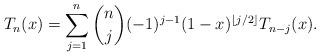
LaTeX: \begin{align*}T_n(x)=\sum_{j=1}^n{{n \choose j}(-1)^{j-1}(1-x)^{\lfloor j/2\rfloor}T_{n-j}(x)}.\end{align*}